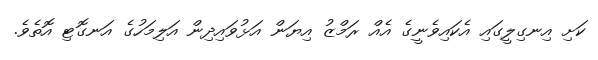
ކަށި އިނގިލީގައި އެކައިވެނީގެ އެއް ރަމްޒު އިޔަން އަޅުވައިދިން އަލިމަހުގެ އަނގޮޓި އޮތެވެ.